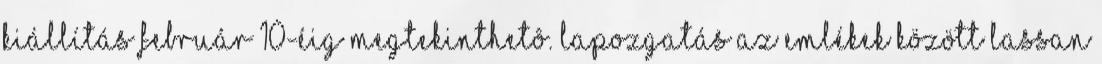
kiállítás február 10-éig megtekinthetô. Lapozgatás az emlékek között Lassan